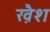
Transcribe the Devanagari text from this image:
ख़ैश